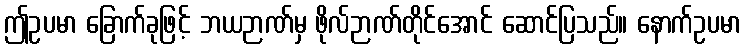
ဤဥပမာ ခြောက်ခုဖြင့် ဘယဉာဏ်မှ ဖိုလ်ဉာဏ်တိုင်အောင် ဆောင်ပြသည်။ နောက်ဥပမာ